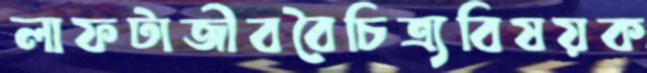
লাফটাজীববৈচিত্র্যবিষয়ক